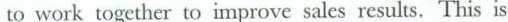
to work together to improve salcs results.